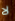
لا